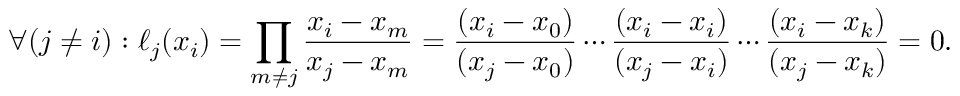
\forall ( { j \neq i } ) : \ell _ { j } ( x _ { i } ) = \prod _ { m \neq j } { \frac { x _ { i } - x _ { m } } { x _ { j } - x _ { m } } } = { \frac { ( x _ { i } - x _ { 0 } ) } { ( x _ { j } - x _ { 0 } ) } } \cdots { \frac { ( x _ { i } - x _ { i } ) } { ( x _ { j } - x _ { i } ) } } \cdots { \frac { ( x _ { i } - x _ { k } ) } { ( x _ { j } - x _ { k } ) } } = 0 .